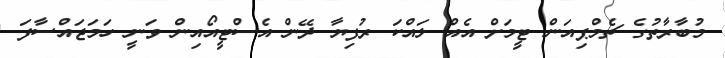
މުބާރާތުގެ ޗެމްޕިއަން ޓީމަށް އެއް ލައްކަ ރުފިޔާ ދޭން އެސްޓީއޯއިން ވަނީ ހަމަޖައްސާފަ